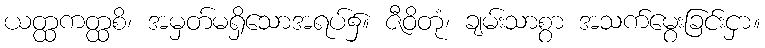
ယတ္ထကတ္ထစိ၊ အမှတ်မရှိသောအရပ်၌။ ဇီဝိတုံ၊ ချမ်းသာစွာ အသက်မွေးခြင်းငှာ။